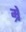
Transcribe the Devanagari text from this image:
म्रें